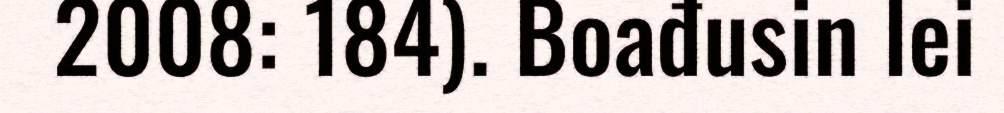
2008: 184). Boađusin lei